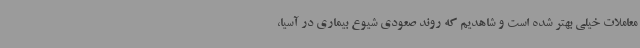
معاملات خیلی بهتر شده است و شاهدیم که روند صعودی شیوع بیماری در آسیا،